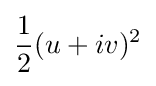
{\frac {1}{2}}(u+iv)^{2}